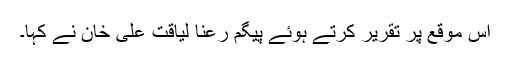
اس موقع پر تقریر کرتے ہوئے پیگم رعنا لیاقت علی خان نے کہا۔